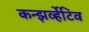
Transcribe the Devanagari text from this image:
कन्झर्व्हेटिव